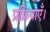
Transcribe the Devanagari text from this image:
प्रक्रियाएँ।